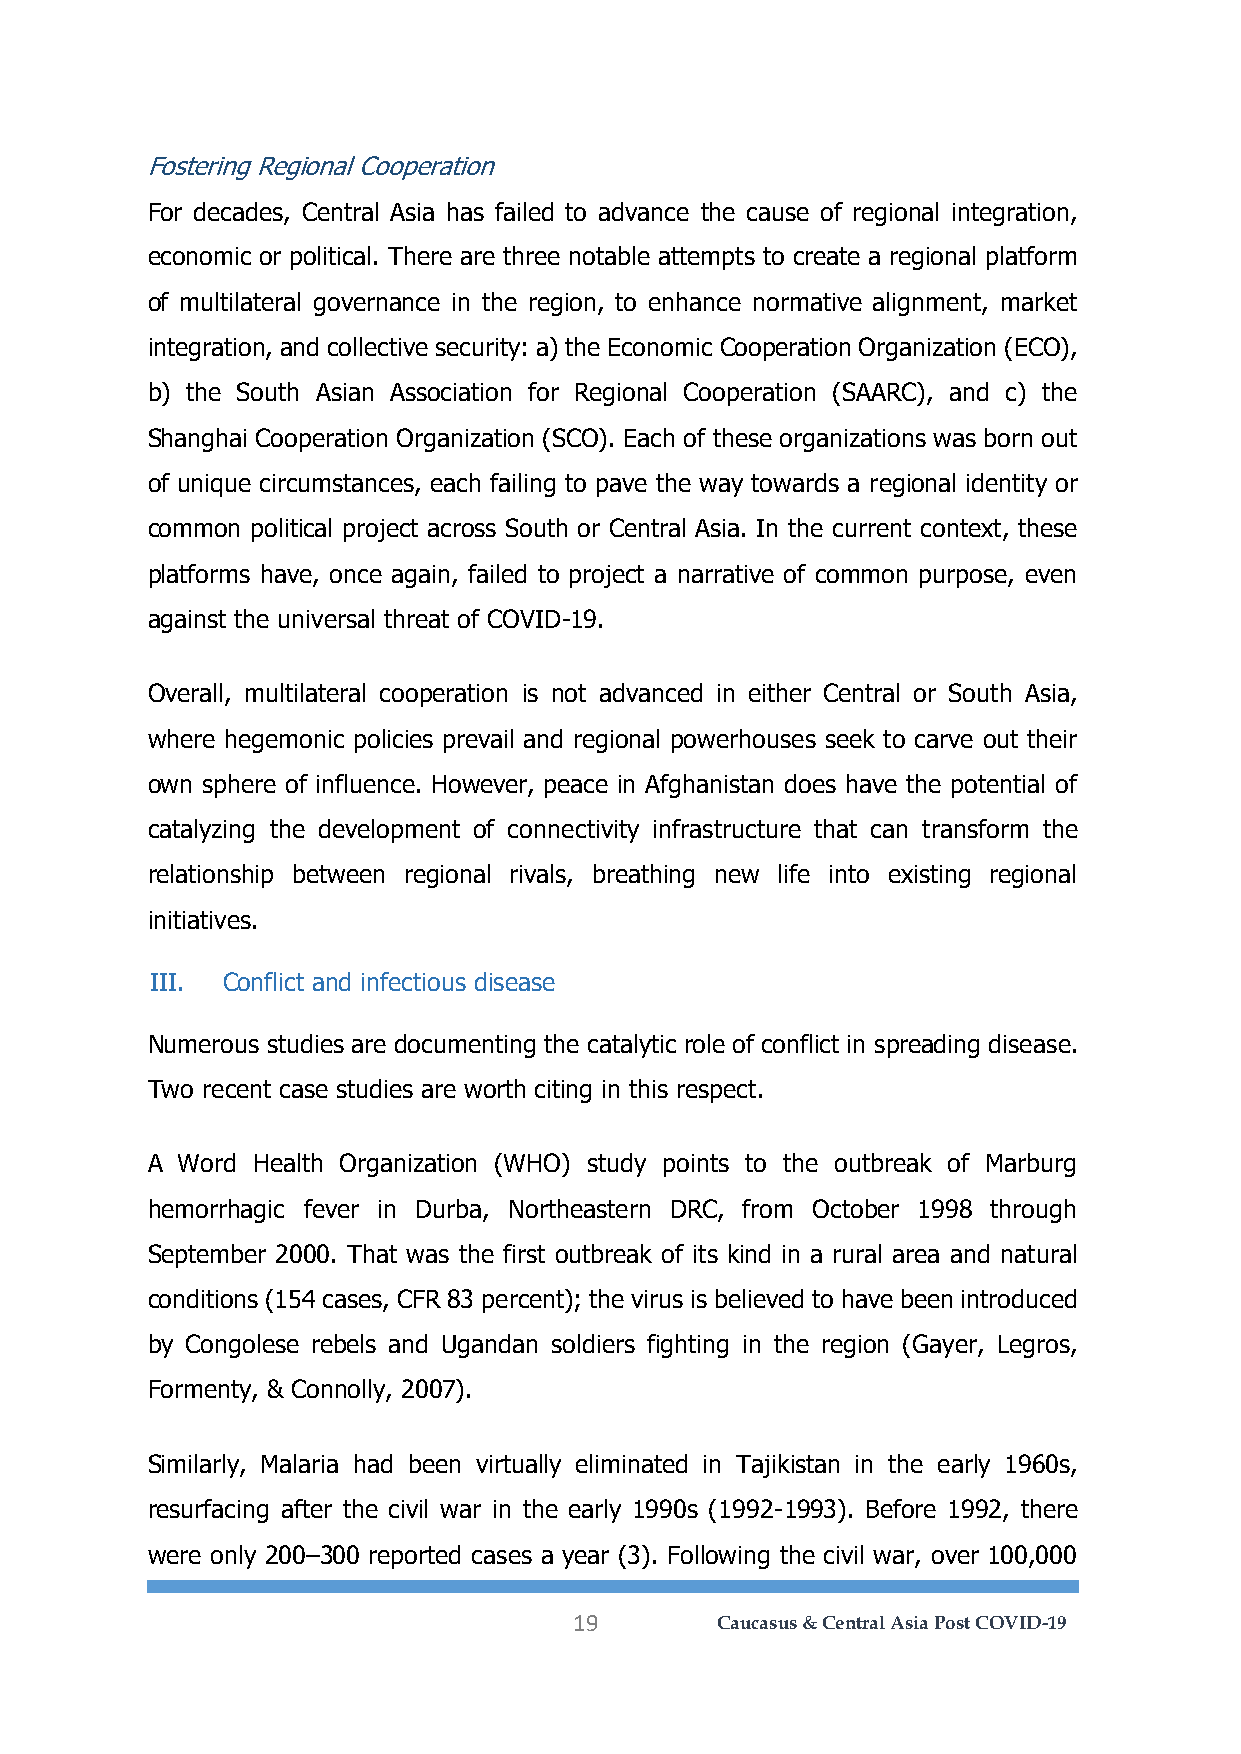
Fostering Regional Cooperation
 For decades, Central Asia has failed to advance the cause of regional integration,
 economic or political. There are three notable attempts to create a regional platform
 of multilateral governance in the region, to enhance normative alignment, market
 integration, and collective security: a) the Economic Cooperation Organization (ECO),
 b) the South Asian Association for Regional Cooperation (SAARC), and c) the
 Shanghai Cooperation Organization (SCO). Each of these organizations was born out
 of unique circumstances, each failing to pave the way towards a regional identity or
 common political project across South or Central Asia. In the current context, these
 platforms have, once again, failed to project a narrative of common purpose, even
 against the universal threat of COVID-19.
 Overall, multilateral cooperation is not advanced in either Central or South Asia,
 where hegemonic policies prevail and regional powerhouses seek to carve out their
 own sphere of influence. However, peace in Afghanistan does have the potential of
 catalyzing the development of connectivity infrastructure that can transform the
 relationship between regional rivals, breathing new life into existing regional
 initiatives.
 III. Conflict and infectious disease
 Numerous studies are documenting the catalytic role of conflict in spreading disease.
 Two recent case studies are worth citing in this respect.
 A Word Health Organization (WHO) study points to the outbreak of Marburg
 hemorrhagic fever in Durba, Northeastern DRC, from October 1998 through
 September 2000. That was the first outbreak of its kind in a rural area and natural
 conditions (154 cases, CFR 83 percent); the virus is believed to have been introduced
 by Congolese rebels and Ugandan soldiers fighting in the region (Gayer, Legros,
 Formenty, & Connolly, 2007).
 Similarly, Malaria had been virtually eliminated in Tajikistan in the early 1960s,
 resurfacing after the civil war in the early 1990s (1992-1993). Before 1992, there
 were only 200–300 reported cases a year (3). Following the civil war, over 100,000
 19       Caucasus & Central Asia Post COVID-19